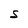
Character: S